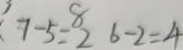
7 - 5 = 8 2 6 - 2 = 4